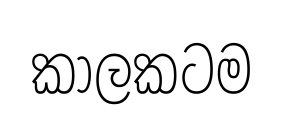
කාලකටම